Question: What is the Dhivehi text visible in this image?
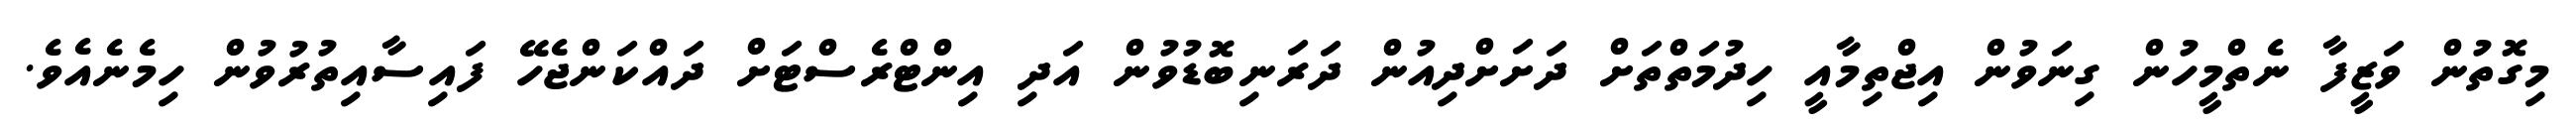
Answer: މިގޮތުން ވަޒީފާ ނެތްމީހުން ގިނަވުން އިޖްތިމާއީ ހިދުމަތްތަށް ދަށަށްދިއުން ދަރަނިބޮޑުވުން އަދި އިންޓްރެސްޓަށް ދައްކަންޖެހޭ ފައިސާއިތުރުވުން ހިމެނެއެވެ.